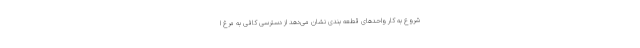
شروع به کار واحدهای قطعه بندی نشان می‌دهد از دسترسی کافی به مرغ ا